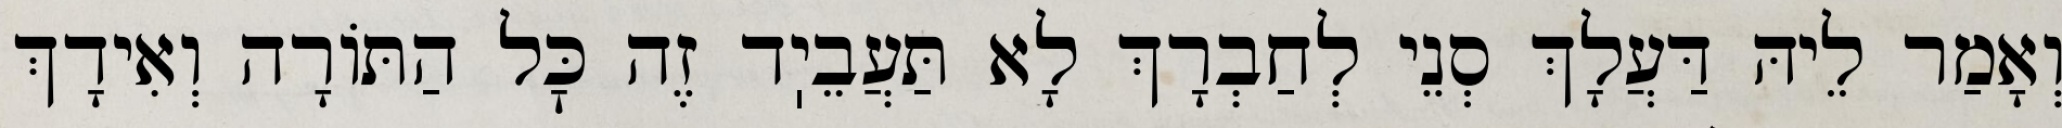
וְאָמַר לֵיהּ דַּעֲלָךְ סְנֵי לְחַבְרָךְ לָא תַּעֲבֵיֽד זֶה כׇּל הַתּוֹרָה וְאִידָךְ